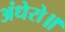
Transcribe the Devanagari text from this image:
अंधेरो॥